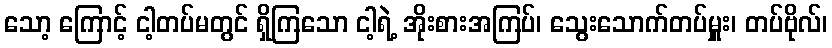
သော့ ကြောင့် ငါ့တပ်မတွင် ရှိကြသော ငါ့ရဲ့ အိုးစားအကြပ်၊ သွေးသောက်တပ်မှူး၊ တပ်ဗိုလ်၊